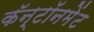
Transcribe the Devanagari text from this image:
कॅन्टॉनमेंट